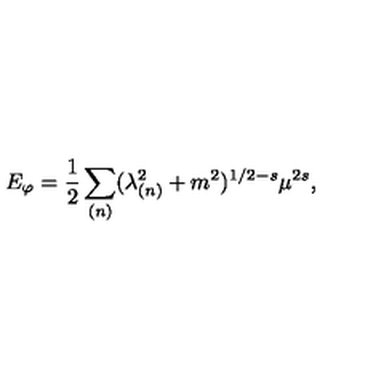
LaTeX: E _ { \varphi } = { \frac { 1 } { 2 } } \sum _ { ( n ) } ( \lambda _ { ( n ) } ^ { 2 } + m ^ { 2 } ) ^ { 1 / 2 - s } \mu ^ { 2 s } ,